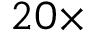
2 0 \times